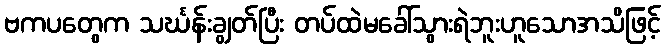
ဗကပတွေက သင်္ဃန်းချွတ်ပြီး တပ်ထဲမခေါ်သွားရဲဘူးဟူသောအသိဖြင့်